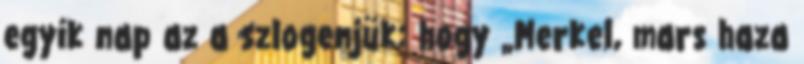
egyik nap az a szlogenjük: hogy „Merkel, mars haza